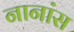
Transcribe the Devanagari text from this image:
नानांस